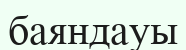
баяндауы